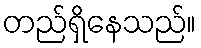
တည်ရှိနေသည်။